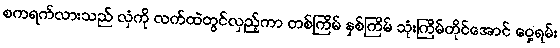
စကရက်လားသည် လှံကို လက်ထဲတွင်လှည့်ကာ တစ်ကြိမ် နှစ်ကြိမ် သုံးကြိမ်တိုင်အောင် ဝှေ့ရမ်း